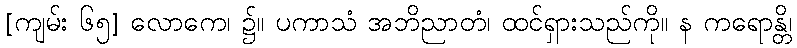
[ကျမ်း ၆၅] လောကေ၊ ၌။ ပကာသံ အဘိညာတံ၊ ထင်ရှားသည်ကို။ န ကရောန္တိ၊